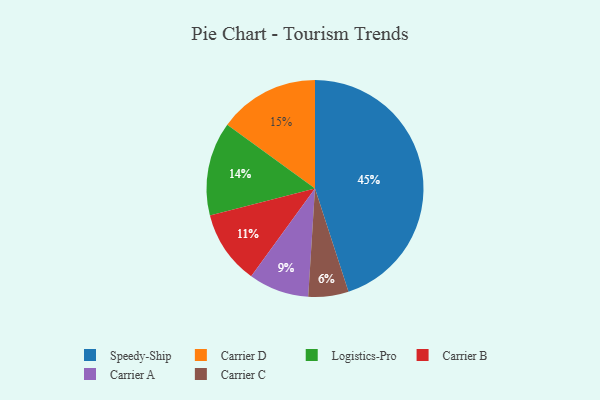
{"axis": {"x": "Category", "y": "Percentage"}, "legend": ["Carrier A", "Carrier B", "Carrier C", "Carrier D", "Logistics-Pro", "Speedy-Ship"], "data": [{"x": "Carrier B", "y": 11, "type": "Carrier B"}, {"x": "Carrier D", "y": 15, "type": "Carrier D"}, {"x": "Carrier A", "y": 9, "type": "Carrier A"}, {"x": "Speedy-Ship", "y": 45, "type": "Speedy-Ship"}, {"x": "Logistics-Pro", "y": 14, "type": "Logistics-Pro"}, {"x": "Carrier C", "y": 6, "type": "Carrier C"}]}